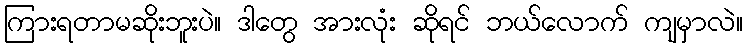
ကြားရတာမဆိုးဘူးပဲ။ ဒါတွေ အားလုံး ဆိုရင် ဘယ်လောက် ကျမှာလဲ။